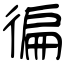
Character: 徧